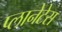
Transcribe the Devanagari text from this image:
प्लानेटेस